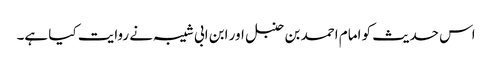
اس حدیث کو امام احمد بن حنبل اور ابن ابی شیبہ نے روایت کیا ہے۔